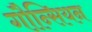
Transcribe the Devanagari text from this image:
गौन्सियन